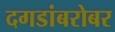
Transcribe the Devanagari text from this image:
दगडांबरोबर